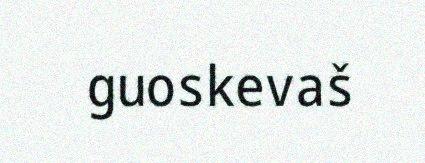
guoskevaš